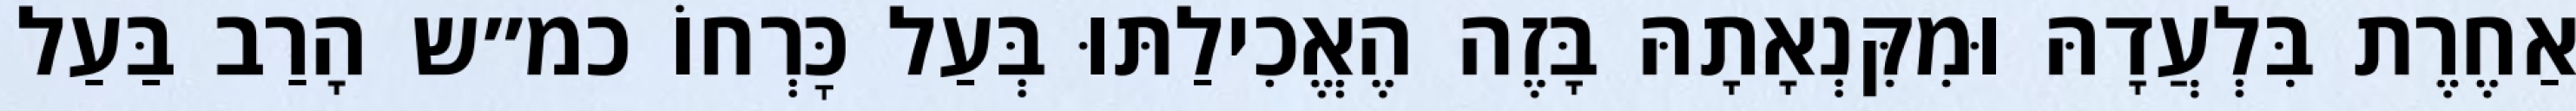
אַחֶרֶת בִּלְעֲדָהּ וּמִקִּנְאָתָהּ בָּזֶה הֶאֱכִילַתּוּ בְּעַל כׇּרְחוֹ כמ״ש הָרַב בַּעַל